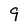
Character: 9